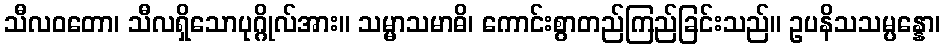
သီလဝတော၊ သီလရှိသောပုဂ္ဂိုလ်အား။ သမ္မာသမာဓိ၊ ကောင်းစွာတည်ကြည်ခြင်းသည်။ ဥပနိသသမ္ပန္နော၊